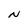
Character: N